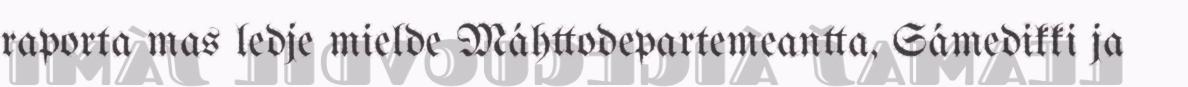
raporta mas ledje mielde Máhttodepartemeantta, Sámedikki ja